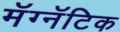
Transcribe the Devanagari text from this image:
मॅग्नॅटिक